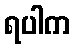
ရပါက